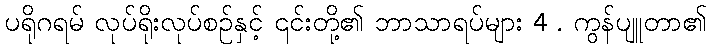
ပရိုဂရမ် လုပ်ရိုးလုပ်စဉ်နှင့် ၎င်းတို့၏ ဘာသာရပ်များ 4 . ကွန်ပျူတာ၏